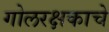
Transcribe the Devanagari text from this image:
गोलरक्षकाचे